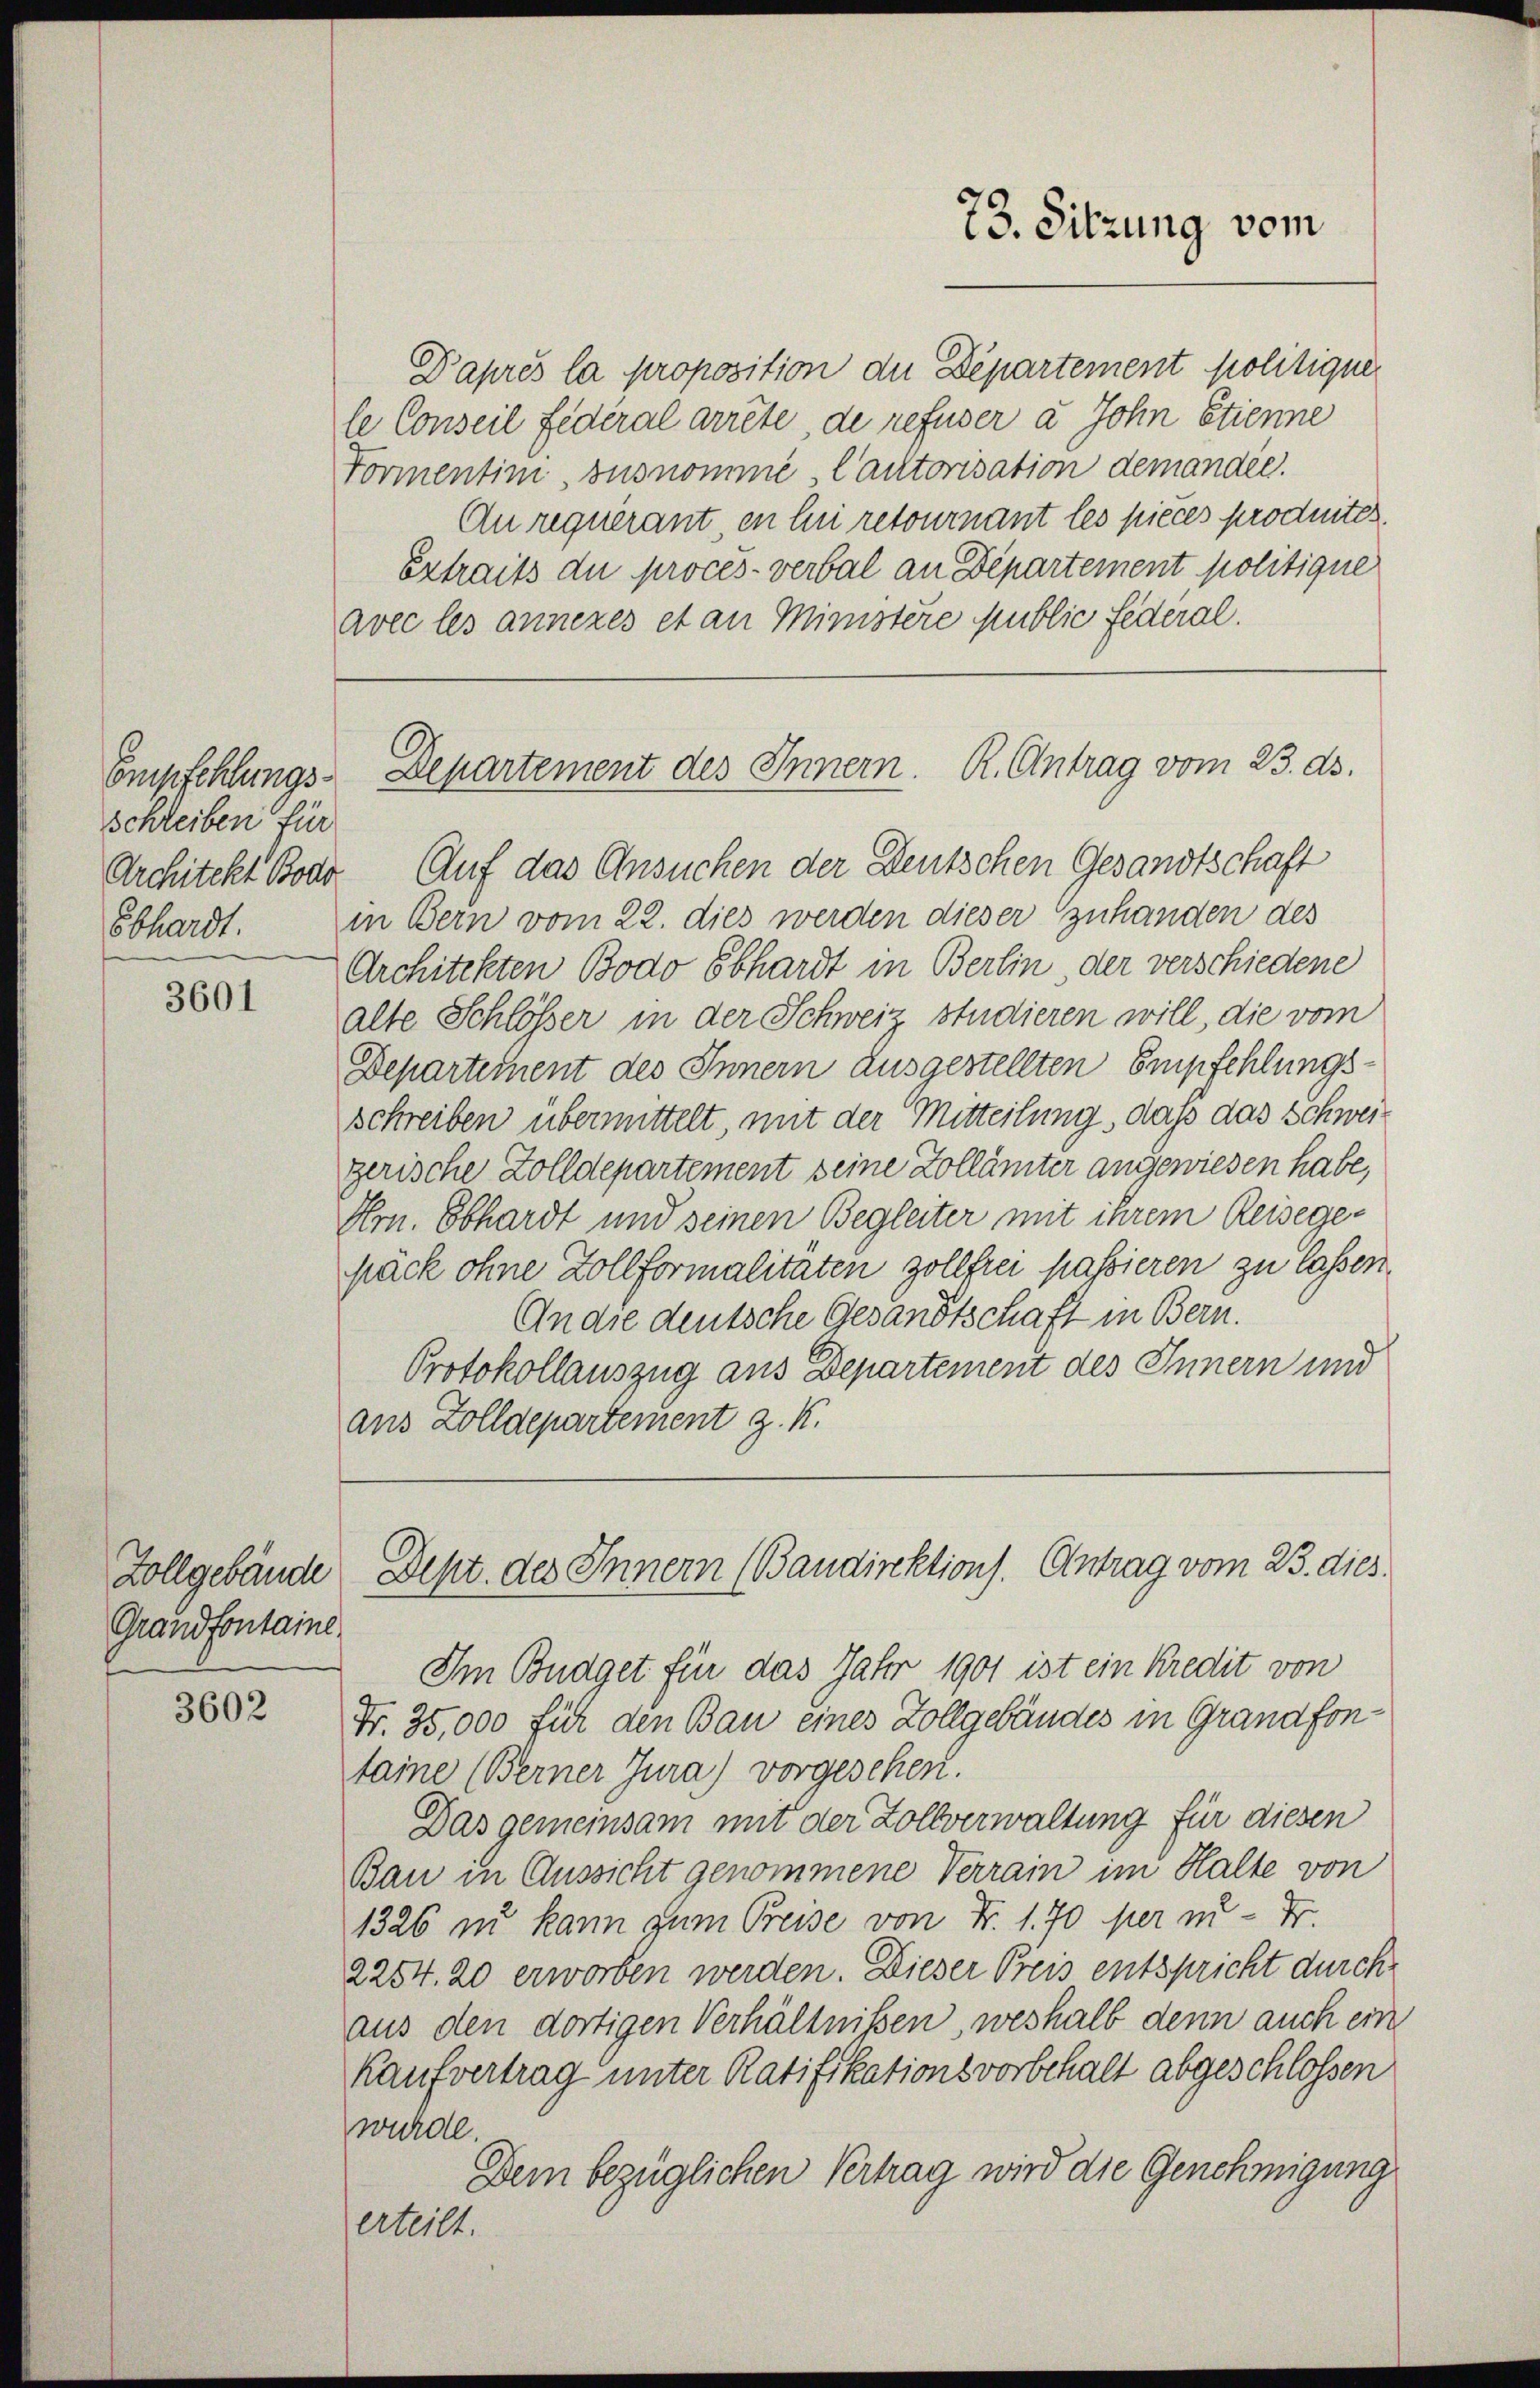
schreiben für
sbhardt.

3601

Zollgebäude
Grandfontaine.

3602

Daprès la proposition die Departement politique
le Conseil Federal arrete, de refuser a John Etienne
Formentim susnomme Cautorisation demandée.
Au requérant in Eni retournant les pieces produites
Extraits de procès-verbal an Departement politique
avec les anneres et an Ministere public Federal.

Architekt Boao Auf das Ansuchen der Deutschen Gesandtschaft
in Bern vom 22. dies werden dieser Zuhanden des
Architekten Bodo Sbhardt in Berlin der verschiedene
alte Schlösser in der Schweiz studieren will, die vom
Departement des Innern ausgestellten Empfehlungsschreiben übermittelt, mit der Mitteilung, daß das Schweigerische Zolldepartement seine Zollämter angewiesen habe,
Hrn. Ebhardt und seinen Begleiter mit ihrem Reisege-
päck ohne Zollformalitäten zollfrei passieren zu lassen,
An die deutsche Gesandtschaft in Bern.
Protokollauszug aus Departement des Innern und
aus Zolldepartement z. K.

73. Sitzung vom

Empfehlungs-Departement des Innern. R. Antrag vom 23. ds.

Im Budget für das Jahr 1901 ist ein Kredit von
Fr. 35,000 für den Bau eines Zollgebäudes in Grandfontaine (Berner Jura) vorgesehen.
Das gemeinsam mit der Zollverwaltung für diesen
Bau in Aussicht genommene Verrain im Halte von
1326 zu kann zum Preise von Fr. 1. 70 per zu - Fr.
2254. 20 erworben werden. Dieser Preis entspricht durch
aus den dortigen Verhältnissen, weshalb denn auch ein
Kaufvertrag unter Ratifikationsvorbehalt abgeschlossen
wurde.
Dem bezüglichen Vertrag wird die Genehmigung
erteilt.

Dept. des Innern (Baudirektions. Antrag vom 23. dies